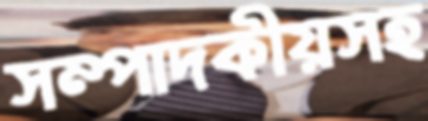
সম্পাদকীয়সহ